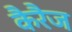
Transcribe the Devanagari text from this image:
कैरैज